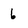
Character: 6